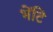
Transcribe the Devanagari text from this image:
भेंटि